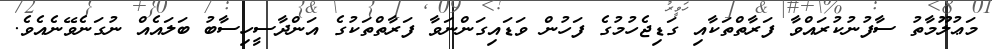
މަޢުލޫމާތު ސާފުނުކުރައްވާ ފަރާތްތަކާއި ގަޑިޖެހުމުގެ ފަހުން ވަޑައިގަންނަވާ ފަރާތްތަކުގެ އަންދާސީހިސާބު ބަލައެއް ނުގަނެވޭނެއެވެ.